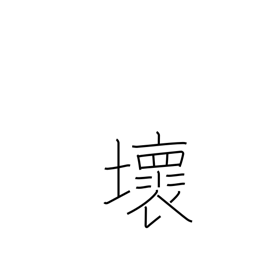
Meaning: destroy